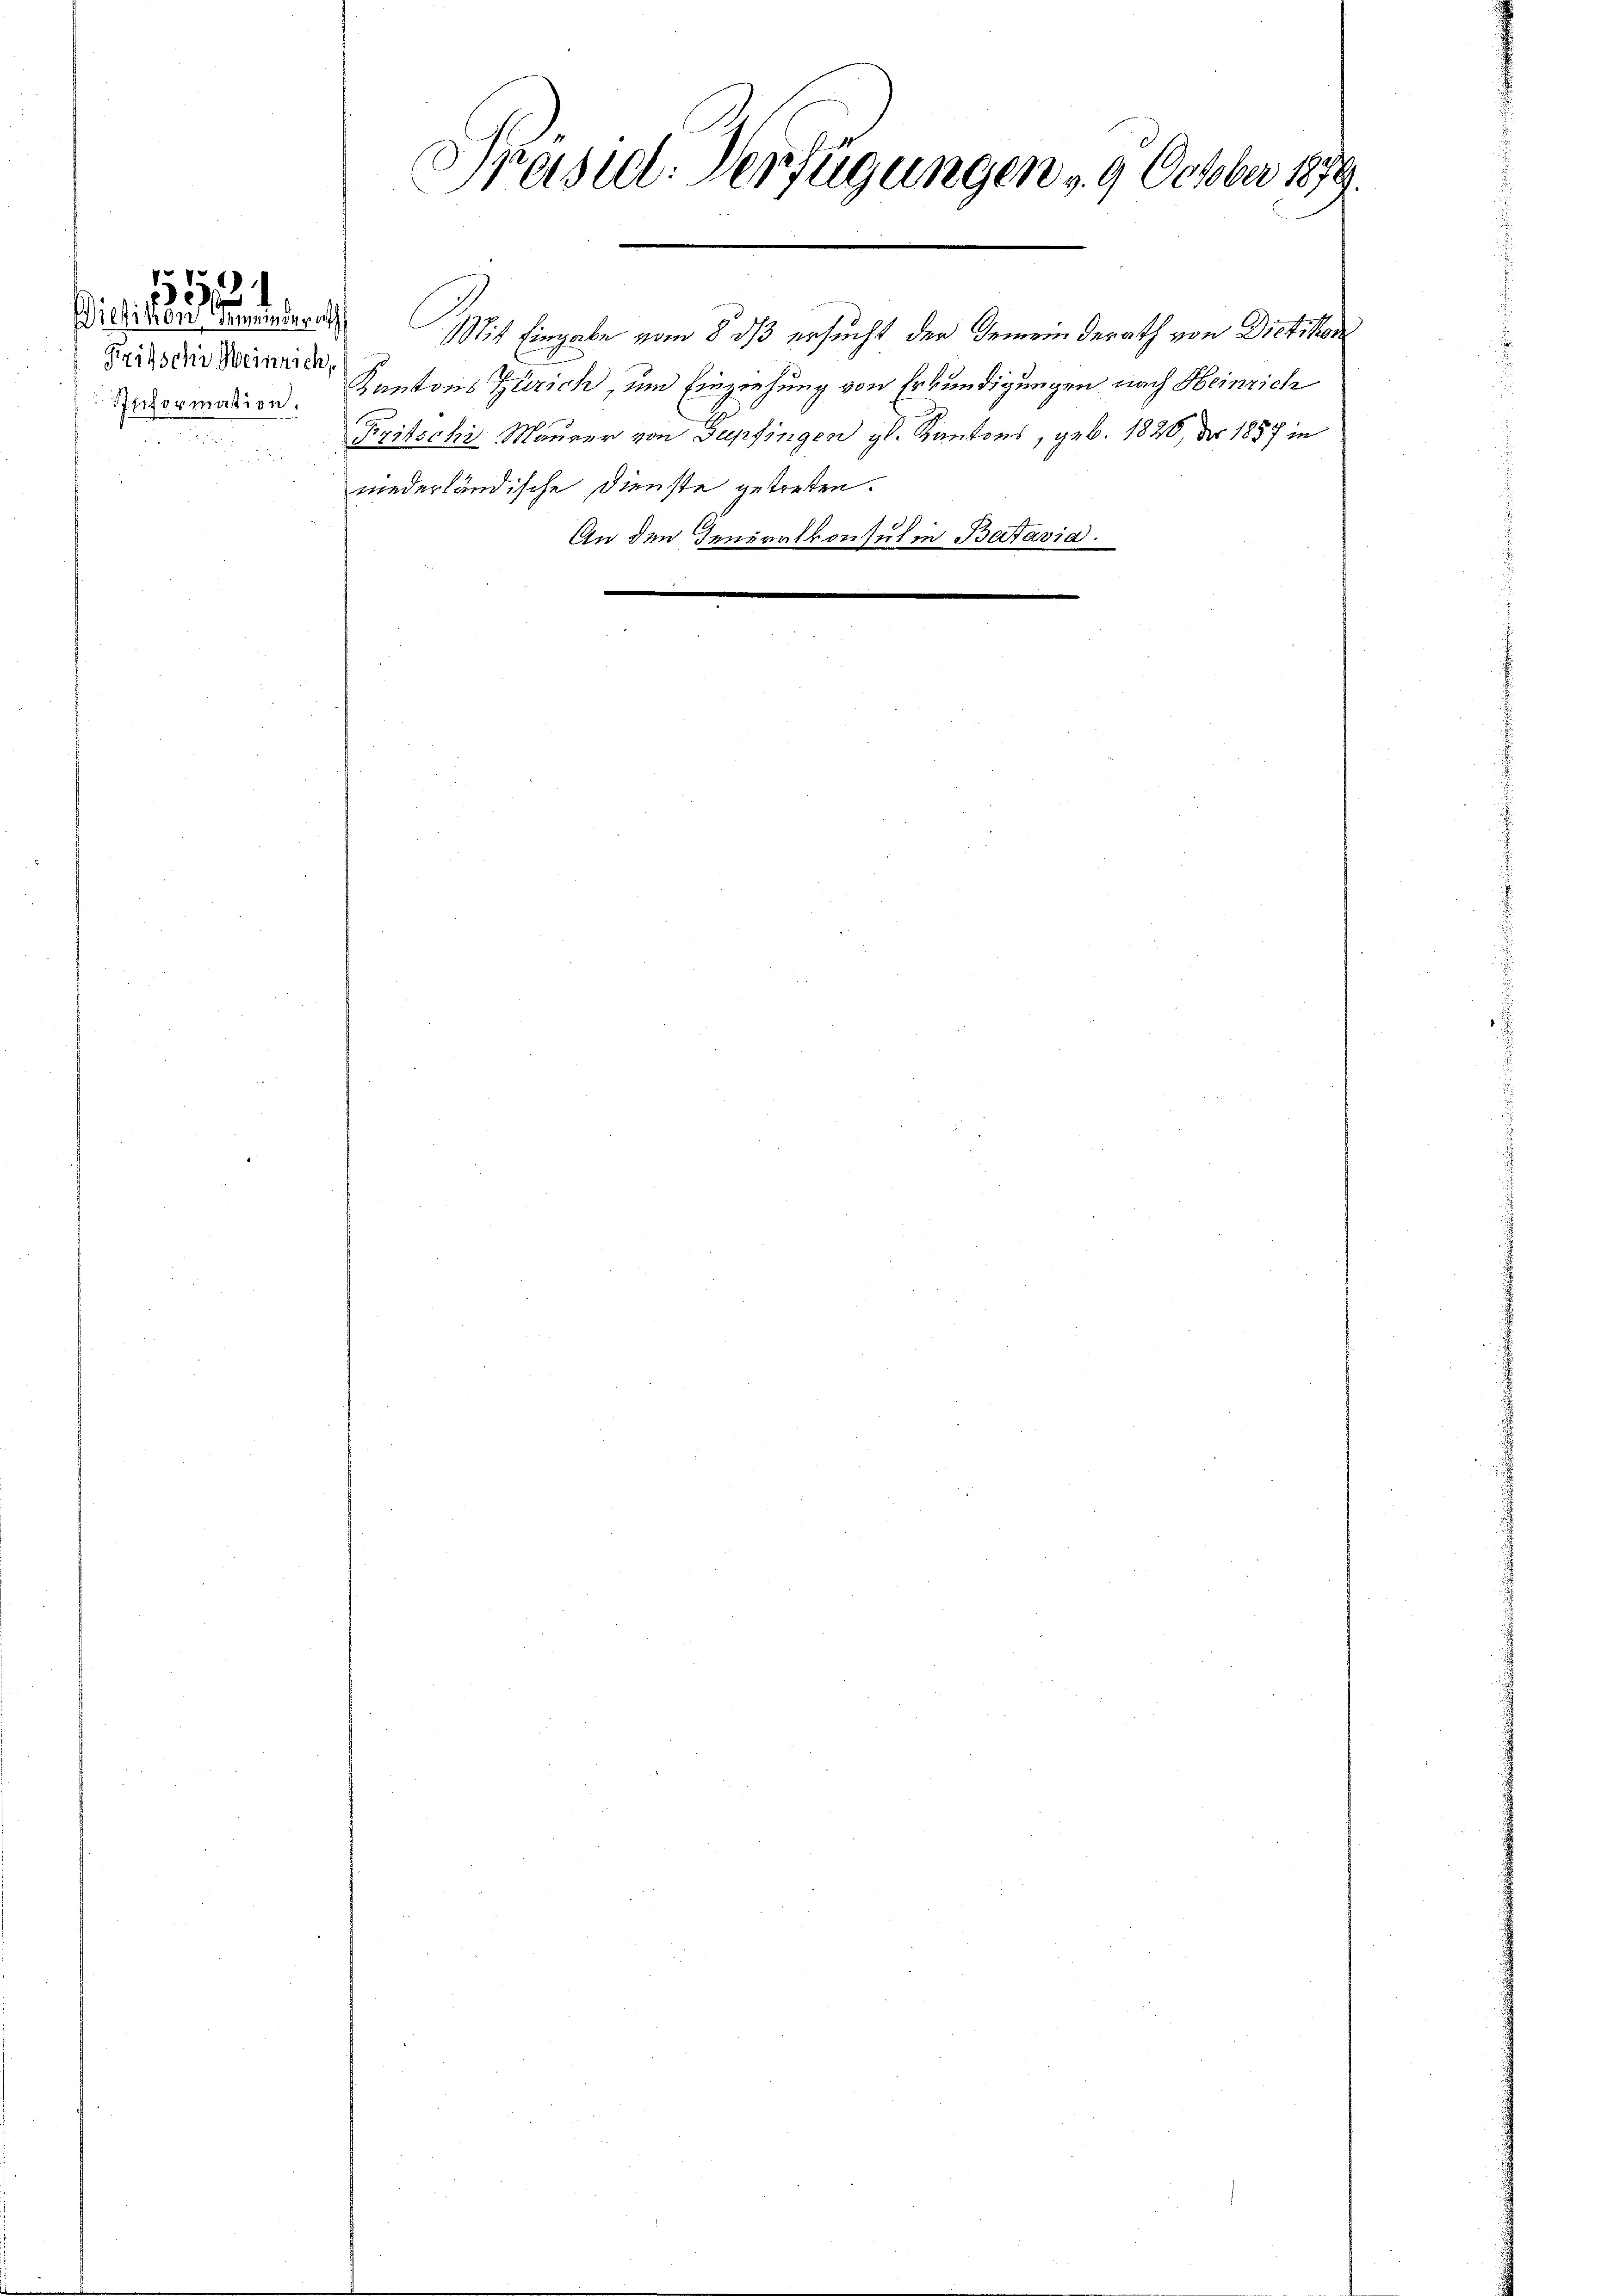
Dietikon Gemeinderath
Fritsche Weinrich,
liformation.

12
)
n

Präsid. Verfügungen - 9 October 1879.

Mit Eingabe vom 8. dß ersucht der Gemeinderath von Dietikon
Kantons Zürich, um Einziehung von Erkundigungen nach Heinrich
Fritschi, Maurer von Supfingen gl. Kantons, geb. 1826, der 1857 in
niederländische Dienste getreten.
An den Generalkonsul in Batavia.